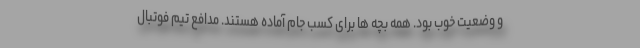
و وضعیت خوب بود. همه بچه ها برای کسب جام آماده هستند. مدافع تیم فوتبال